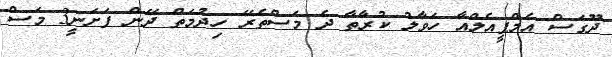
ދޫގަސް އެމްޕީއެލްއާ ހަވާލު ކުރާތާ ދެ މަސްތެރޭ ހިދުމަތް ދޭން ފަށަނީ3 މަސް